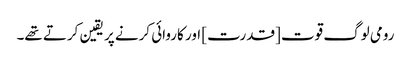
رومی لوگ قوت [قدرت] اور کاروائی کرنے پر یقین کرتے تھے۔